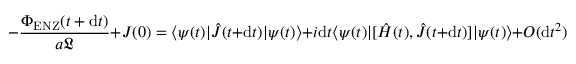
- \frac { \Phi _ { \mathrm { E N Z } } ( t + \mathrm { d } t ) } { a \mathfrak { L } } + J ( 0 ) = \langle \psi ( t ) | \hat { J } ( t + \mathrm { d } t ) | \psi ( t ) \rangle + i \mathrm { d } t \langle \psi ( t ) | [ \hat { H } ( t ) , \hat { J } ( t + \mathrm { d } t ) ] | \psi ( t ) \rangle + O ( \mathrm { d } t ^ { 2 } ) .